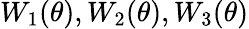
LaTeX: W_{1}(\theta),W_{2}(\theta),W_{3}(\theta)